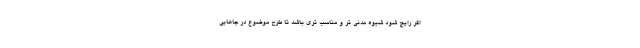
اگر رایج شود شیوه مدنی تر و مناسب تری باشد تا طرح موضوع در جاهایی